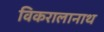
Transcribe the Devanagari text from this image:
विकरालानाथ